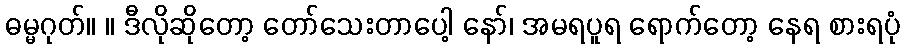
ဓမ္မဂုတ်။ ။ ဒီလိုဆိုတော့ တော်သေးတာပေါ့ နော်၊ အမရပူရ ရောက်တော့ နေရ စားရပုံ